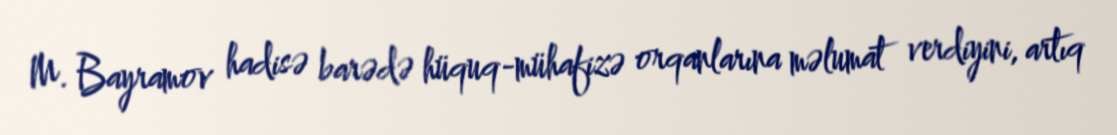
M. Bayramov hadisə barədə hüquq-mühafizə orqanlarına məlumat verdiyini, artıq